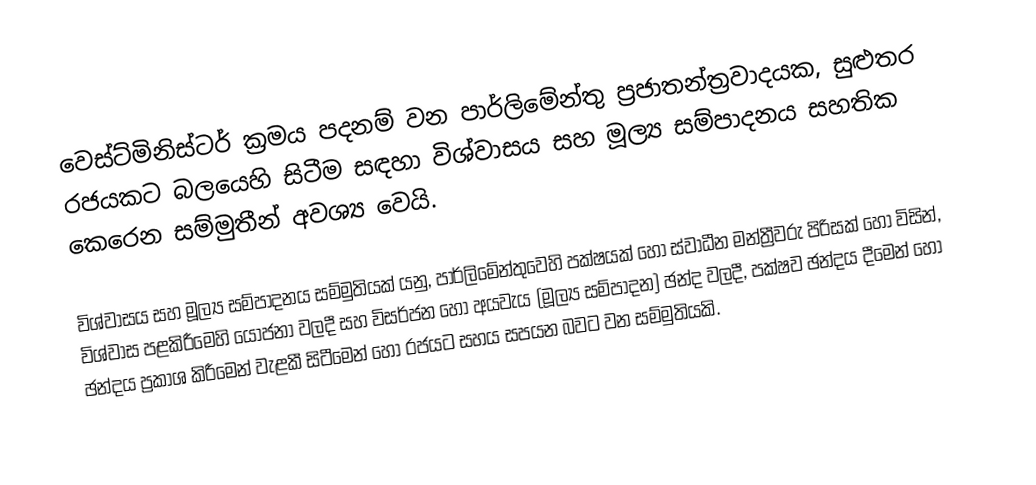
වෙස්ට්මිනිස්ටර් ක්‍රමය පදනම් වන පාර්ලිමේන්තු ප්‍රජාතන්ත්‍රවාදයක, සුළුතර රජයකට බලයෙහි සිටීම සඳහා විශ්වාසය සහ මූල්‍ය සම්පාදනය සහතික කෙරෙන සම්මුතීන් අවශ්‍ය වෙයි.

විශ්වාසය සහ මූල්‍ය සම්පාදනය සම්මුතියක් යනු, පාර්ලිමේන්තුවෙහි පක්ෂයක් හෝ ස්වාධීන මන්ත්‍රීවරු පිරිසක් හෝ   විසින්,  විශ්වාස පළකිරීමෙහි යෝජනා වලදී සහ  විසර්ජන හෝ අයවැය (මූල්‍ය සම්පාදන) ඡන්ද වලදී, පක්ෂව ඡන්දය දීමෙන් හෝ ඡන්දය ප්‍රකාශ කිරීමෙන් වැළකී සිටීමෙන් හෝ රජයට සහය සපයන බවට වන සම්මුතියකි.